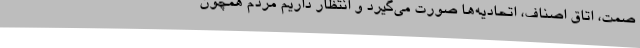
صمت، اتاق اصناف، اتحادیه‌ها صورت می‌گیرد و انتظار داریم مردم همچون